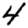
Digit: 4